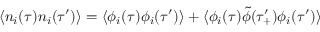
\langle n _ { i } ( \tau ) n _ { i } ( \tau ^ { \prime } ) \rangle = \langle \phi _ { i } ( \tau ) \phi _ { i } ( \tau ^ { \prime } ) \rangle + \langle \phi _ { i } ( \tau ) \tilde { \phi } ( \tau _ { + } ^ { \prime } ) \phi _ { i } ( \tau ^ { \prime } ) \rangle